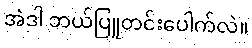
အဲဒါ ဘယ်ပြူတင်းပေါက်လဲ။